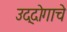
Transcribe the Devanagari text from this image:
उद्दोगाचे